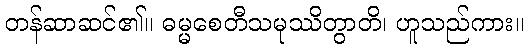
တန်ဆာဆင်၏။ ဓမ္မစေတီသမုဿိတွာတိ၊ ဟူသည်ကား။